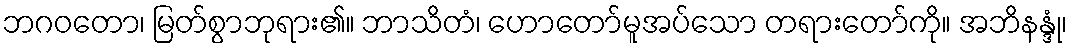
ဘဂဝတော၊ မြတ်စွာဘုရား၏။ ဘာသိတံ၊ ဟောတော်မူအပ်သော တရားတော်ကို။ အဘိနန္ဒုံ၊